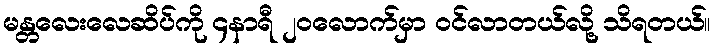
မန္တလေးလေဆိပ်ကို ၄နာရီ ၂၀လောက်မှာ ဝင်လာတယ်လို့ သိရတယ်။